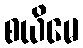
စယိမေ